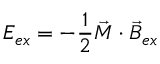
E _ { e x } = - \frac { 1 } { 2 } \vec { M } \cdot \vec { B } _ { e x }